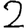
Digit: 2